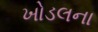
ખોડલના